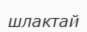
шлактай